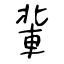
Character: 軰